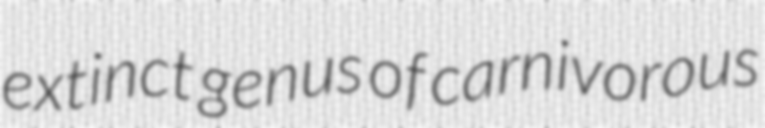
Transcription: extinct genus of carnivorous